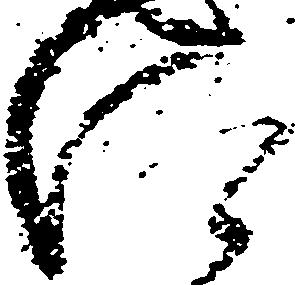
仰